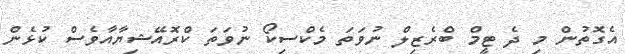
އެގޮތުން މި ދެ ޓީމް ބްރެޒިލް ނުވަތަ މެކްސިކޯ ނުވަތަ ކްރޮއޭޝިޔާއާވެސް ކުޅެން